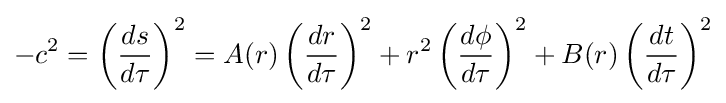
-c^{2}=\left({ds \over d\tau }\right)^{2}=A(r)\left({dr \over d\tau }\right)^{2}+r^{2}\left({d\phi  \over d\tau }\right)^{2}+B(r)\left({dt \over d\tau }\right)^{2}